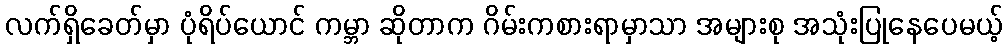
လက်ရှိခေတ်မှာ ပုံရိပ်ယောင် ကမ္ဘာ ဆိုတာက ဂိမ်းကစားရာမှာသာ အများစု အသုံးပြုနေပေမယ့်